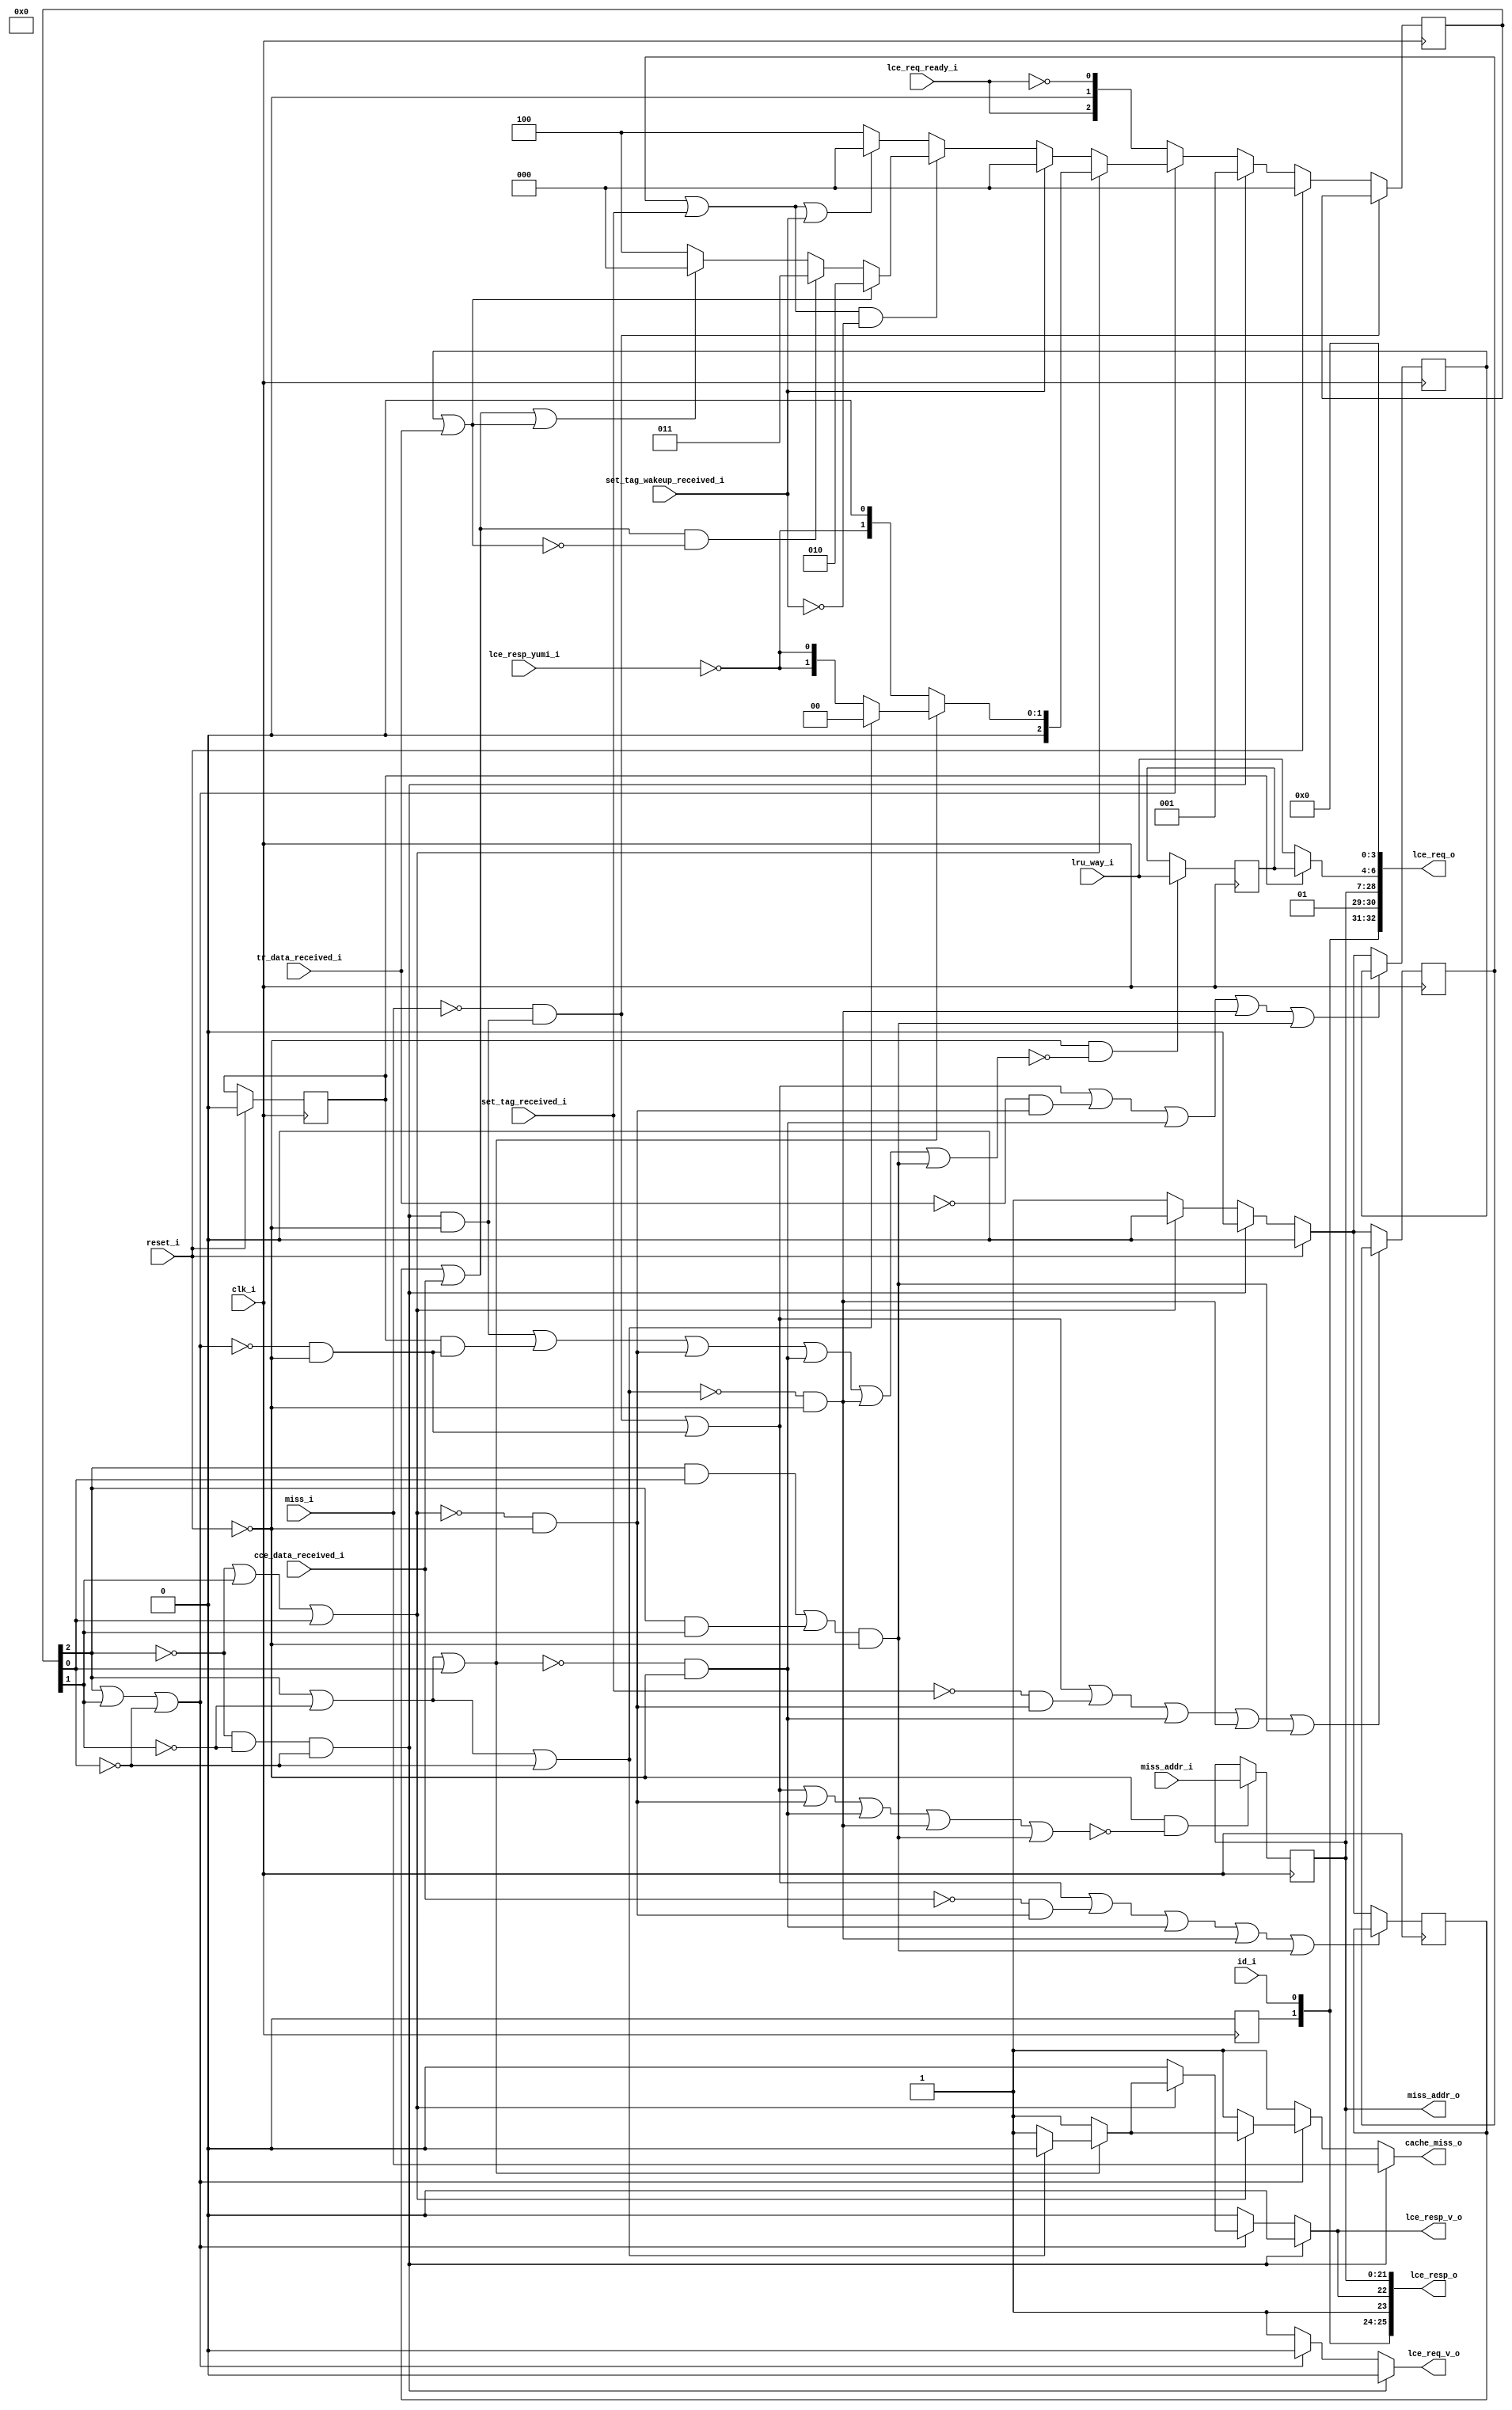
module bp_fe_lce_req_data_width_p64_paddr_width_p22_num_cce_p1_num_lce_p2_sets_p64_ways_p8
(
  clk_i,
  reset_i,
  id_i,
  miss_i,
  miss_addr_i,
  lru_way_i,
  cache_miss_o,
  miss_addr_o,
  tr_data_received_i,
  cce_data_received_i,
  set_tag_received_i,
  set_tag_wakeup_received_i,
  lce_req_o,
  lce_req_v_o,
  lce_req_ready_i,
  lce_resp_o,
  lce_resp_v_o,
  lce_resp_yumi_i
);

  input [0:0] id_i;
  input [21:0] miss_addr_i;
  input [2:0] lru_way_i;
  output [21:0] miss_addr_o;
  output [96:0] lce_req_o;
  output [25:0] lce_resp_o;
  input clk_i;
  input reset_i;
  input miss_i;
  input tr_data_received_i;
  input cce_data_received_i;
  input set_tag_received_i;
  input set_tag_wakeup_received_i;
  input lce_req_ready_i;
  input lce_resp_yumi_i;
  output cache_miss_o;
  output lce_req_v_o;
  output lce_resp_v_o;
  wire [96:0] lce_req_o;
  wire cache_miss_o,lce_req_v_o,lce_resp_v_o,N0,N1,N2,N3,N4,N5,N6,N7,N8,N9,N10,N11,
  tr_data_received_n,cce_data_received_n,set_tag_received_n,tr_data_received,
  cce_data_received,set_tag_received,N12,N13,N14,N15,N16,N17,N18,N19,N20,N21,N22,N23,N24,
  N25,N26,N27,N28,N29,N30,N31,N32,N33,N34,N35,N36,N37,N38,N39,N40,N41,N42,N43,N44,
  N45,N46,N47,N48,N49,N50,N51,N52,N53,N54,N55,N56,N57,N58,N59,N60,N61,N62,N63,N64,
  N65,N66,N67,N68,N69,N70,N71,N72,N73,N74,N75,N76,N77,N78,N79,N80,N81,N82,N83,N84,
  N85,N86,N87,N88,N89,N90,N91,N92,N93,N94,N95,N96,N97,N98,N99,N100;
  wire [2:0] state_n;
  reg [25:0] lce_resp_o;
  reg [2:0] lru_way_r,state_r;
  reg lru_flopped_r,tr_data_received_r,cce_data_received_r,set_tag_received_r;
  reg [21:0] miss_addr_o;
  assign lce_resp_o[23] = 1'b1;
  assign lce_req_o[29] = 1'b1;
  assign lce_req_o[0] = 1'b0;
  assign lce_req_o[1] = 1'b0;
  assign lce_req_o[2] = 1'b0;
  assign lce_req_o[3] = 1'b0;
  assign lce_req_o[30] = 1'b0;
  assign lce_req_o[33] = 1'b0;
  assign lce_req_o[34] = 1'b0;
  assign lce_req_o[35] = 1'b0;
  assign lce_req_o[36] = 1'b0;
  assign lce_req_o[37] = 1'b0;
  assign lce_req_o[38] = 1'b0;
  assign lce_req_o[39] = 1'b0;
  assign lce_req_o[40] = 1'b0;
  assign lce_req_o[41] = 1'b0;
  assign lce_req_o[42] = 1'b0;
  assign lce_req_o[43] = 1'b0;
  assign lce_req_o[44] = 1'b0;
  assign lce_req_o[45] = 1'b0;
  assign lce_req_o[46] = 1'b0;
  assign lce_req_o[47] = 1'b0;
  assign lce_req_o[48] = 1'b0;
  assign lce_req_o[49] = 1'b0;
  assign lce_req_o[50] = 1'b0;
  assign lce_req_o[51] = 1'b0;
  assign lce_req_o[52] = 1'b0;
  assign lce_req_o[53] = 1'b0;
  assign lce_req_o[54] = 1'b0;
  assign lce_req_o[55] = 1'b0;
  assign lce_req_o[56] = 1'b0;
  assign lce_req_o[57] = 1'b0;
  assign lce_req_o[58] = 1'b0;
  assign lce_req_o[59] = 1'b0;
  assign lce_req_o[60] = 1'b0;
  assign lce_req_o[61] = 1'b0;
  assign lce_req_o[62] = 1'b0;
  assign lce_req_o[63] = 1'b0;
  assign lce_req_o[64] = 1'b0;
  assign lce_req_o[65] = 1'b0;
  assign lce_req_o[66] = 1'b0;
  assign lce_req_o[67] = 1'b0;
  assign lce_req_o[68] = 1'b0;
  assign lce_req_o[69] = 1'b0;
  assign lce_req_o[70] = 1'b0;
  assign lce_req_o[71] = 1'b0;
  assign lce_req_o[72] = 1'b0;
  assign lce_req_o[73] = 1'b0;
  assign lce_req_o[74] = 1'b0;
  assign lce_req_o[75] = 1'b0;
  assign lce_req_o[76] = 1'b0;
  assign lce_req_o[77] = 1'b0;
  assign lce_req_o[78] = 1'b0;
  assign lce_req_o[79] = 1'b0;
  assign lce_req_o[80] = 1'b0;
  assign lce_req_o[81] = 1'b0;
  assign lce_req_o[82] = 1'b0;
  assign lce_req_o[83] = 1'b0;
  assign lce_req_o[84] = 1'b0;
  assign lce_req_o[85] = 1'b0;
  assign lce_req_o[86] = 1'b0;
  assign lce_req_o[87] = 1'b0;
  assign lce_req_o[88] = 1'b0;
  assign lce_req_o[89] = 1'b0;
  assign lce_req_o[90] = 1'b0;
  assign lce_req_o[91] = 1'b0;
  assign lce_req_o[92] = 1'b0;
  assign lce_req_o[93] = 1'b0;
  assign lce_req_o[94] = 1'b0;
  assign lce_req_o[95] = 1'b0;
  assign lce_req_o[96] = 1'b0;
  assign lce_resp_o[21] = miss_addr_o[21];
  assign lce_req_o[28] = miss_addr_o[21];
  assign lce_resp_o[20] = miss_addr_o[20];
  assign lce_req_o[27] = miss_addr_o[20];
  assign lce_resp_o[19] = miss_addr_o[19];
  assign lce_req_o[26] = miss_addr_o[19];
  assign lce_resp_o[18] = miss_addr_o[18];
  assign lce_req_o[25] = miss_addr_o[18];
  assign lce_resp_o[17] = miss_addr_o[17];
  assign lce_req_o[24] = miss_addr_o[17];
  assign lce_resp_o[16] = miss_addr_o[16];
  assign lce_req_o[23] = miss_addr_o[16];
  assign lce_resp_o[15] = miss_addr_o[15];
  assign lce_req_o[22] = miss_addr_o[15];
  assign lce_resp_o[14] = miss_addr_o[14];
  assign lce_req_o[21] = miss_addr_o[14];
  assign lce_resp_o[13] = miss_addr_o[13];
  assign lce_req_o[20] = miss_addr_o[13];
  assign lce_resp_o[12] = miss_addr_o[12];
  assign lce_req_o[19] = miss_addr_o[12];
  assign lce_resp_o[11] = miss_addr_o[11];
  assign lce_req_o[18] = miss_addr_o[11];
  assign lce_resp_o[10] = miss_addr_o[10];
  assign lce_req_o[17] = miss_addr_o[10];
  assign lce_resp_o[9] = miss_addr_o[9];
  assign lce_req_o[16] = miss_addr_o[9];
  assign lce_resp_o[8] = miss_addr_o[8];
  assign lce_req_o[15] = miss_addr_o[8];
  assign lce_resp_o[7] = miss_addr_o[7];
  assign lce_req_o[14] = miss_addr_o[7];
  assign lce_resp_o[6] = miss_addr_o[6];
  assign lce_req_o[13] = miss_addr_o[6];
  assign lce_resp_o[5] = miss_addr_o[5];
  assign lce_req_o[12] = miss_addr_o[5];
  assign lce_resp_o[4] = miss_addr_o[4];
  assign lce_req_o[11] = miss_addr_o[4];
  assign lce_resp_o[3] = miss_addr_o[3];
  assign lce_req_o[10] = miss_addr_o[3];
  assign lce_resp_o[2] = miss_addr_o[2];
  assign lce_req_o[9] = miss_addr_o[2];
  assign lce_resp_o[1] = miss_addr_o[1];
  assign lce_req_o[8] = miss_addr_o[1];
  assign lce_resp_o[0] = miss_addr_o[0];
  assign lce_req_o[7] = miss_addr_o[0];
  assign lce_resp_o[24] = id_i[0];
  assign lce_req_o[31] = id_i[0];
  assign lce_req_o[32] = lce_resp_o[25];
  assign N16 = N13 & N14;
  assign N17 = N16 & N15;
  assign N18 = state_r[2] | state_r[1];
  assign N19 = N18 | N15;
  assign N21 = N13 | state_r[1];
  assign N22 = N21 | state_r[0];
  assign N24 = state_r[2] | N14;
  assign N25 = N24 | state_r[0];
  assign N27 = state_r[2] | N14;
  assign N28 = N27 | N15;
  assign N30 = state_r[2] & state_r[0];
  assign N31 = state_r[2] & state_r[1];
  assign lce_req_o[6:4] = (N0)? lru_way_r :
                          (N1)? lru_way_i : 1'b0;
  assign N0 = lru_flopped_r;
  assign N1 = N12;
  assign { N44, N43, N42 } = (N2)? { 1'b0, 1'b1, 1'b0 } :
                             (N52)? { 1'b0, 1'b1, 1'b1 } :
                             (N41)? { 1'b1, 1'b0, 1'b0 } : 1'b0;
  assign N2 = tr_data_received;
  assign { N47, N46, N45 } = (N3)? { 1'b0, 1'b0, 1'b0 } :
                             (N50)? { N44, N43, N42 } :
                             (N39)? { 1'b1, 1'b0, 1'b0 } : 1'b0;
  assign N3 = set_tag_wakeup_received_i;
  assign cache_miss_o = (N4)? miss_i :
                        (N5)? 1'b1 :
                        (N6)? 1'b1 :
                        (N7)? 1'b1 :
                        (N8)? 1'b1 :
                        (N9)? 1'b0 : 1'b0;
  assign N4 = N17;
  assign N5 = N20;
  assign N6 = N23;
  assign N7 = N26;
  assign N8 = N29;
  assign N9 = N32;
  assign state_n = (N4)? { 1'b0, 1'b0, 1'b1 } :
                   (N5)? { lce_req_ready_i, 1'b0, N34 } :
                   (N6)? { N47, N46, N45 } :
                   (N7)? { 1'b0, N48, 1'b0 } :
                   (N8)? { 1'b0, N48, N48 } :
                   (N9)? { 1'b0, 1'b0, 1'b0 } : 1'b0;
  assign tr_data_received_n = (N4)? 1'b0 :
                              (N6)? 1'b1 : 1'b0;
  assign cce_data_received_n = (N4)? 1'b0 :
                               (N6)? 1'b1 : 1'b0;
  assign set_tag_received_n = (N4)? 1'b0 :
                              (N6)? 1'b1 : 1'b0;
  assign lce_req_v_o = (N4)? 1'b0 :
                       (N5)? 1'b1 :
                       (N6)? 1'b0 :
                       (N7)? 1'b0 :
                       (N8)? 1'b0 :
                       (N9)? 1'b0 : 1'b0;
  assign lce_resp_v_o = (N4)? 1'b0 :
                        (N5)? 1'b0 :
                        (N6)? 1'b0 :
                        (N7)? 1'b1 :
                        (N8)? 1'b1 :
                        (N9)? 1'b0 : 1'b0;
  assign lce_resp_o[22] = (N4)? 1'b0 :
                          (N5)? 1'b0 :
                          (N6)? 1'b0 :
                          (N7)? 1'b1 :
                          (N8)? 1'b1 :
                          (N9)? 1'b0 : 1'b0;
  assign { N56, N55, N54 } = (N10)? { 1'b0, 1'b0, 1'b0 } :
                             (N11)? state_n : 1'b0;
  assign N10 = reset_i;
  assign N11 = N53;
  assign N57 = (N10)? 1'b0 :
               (N11)? tr_data_received_n : 1'b0;
  assign N58 = (N10)? 1'b0 :
               (N11)? cce_data_received_n : 1'b0;
  assign N59 = (N10)? 1'b0 :
               (N11)? set_tag_received_n : 1'b0;
  assign tr_data_received = tr_data_received_r | tr_data_received_i;
  assign cce_data_received = cce_data_received_r | cce_data_received_i;
  assign set_tag_received = set_tag_received_r | set_tag_received_i;
  assign N12 = ~lru_flopped_r;
  assign N13 = ~state_r[2];
  assign N14 = ~state_r[1];
  assign N15 = ~state_r[0];
  assign N20 = ~N19;
  assign N23 = ~N22;
  assign N26 = ~N25;
  assign N29 = ~N28;
  assign N32 = N30 | N31;
  assign N33 = ~miss_i;
  assign N34 = ~lce_req_ready_i;
  assign N35 = ~tr_data_received_i;
  assign N36 = ~cce_data_received_i;
  assign N37 = ~set_tag_received_i;
  assign N38 = set_tag_received | set_tag_wakeup_received_i;
  assign N39 = ~N38;
  assign N40 = cce_data_received | tr_data_received;
  assign N41 = ~N40;
  assign N48 = ~lce_resp_yumi_i;
  assign N49 = ~set_tag_wakeup_received_i;
  assign N50 = set_tag_received & N49;
  assign N51 = ~tr_data_received;
  assign N52 = cce_data_received & N51;
  assign N53 = ~reset_i;
  assign N60 = N17 & N53;
  assign N61 = N20 & N53;
  assign N62 = lru_flopped_r & N61;
  assign N63 = N60 | N62;
  assign N64 = N23 & N53;
  assign N65 = N63 | N64;
  assign N66 = N26 & N53;
  assign N67 = N65 | N66;
  assign N68 = N29 & N53;
  assign N69 = N67 | N68;
  assign N70 = N32 & N53;
  assign N71 = N69 | N70;
  assign N72 = ~N71;
  assign N73 = N53 & N72;
  assign N74 = N33 & N60;
  assign N75 = ~N74;
  assign N76 = N74 | N61;
  assign N77 = N35 & N64;
  assign N78 = N76 | N77;
  assign N79 = N78 | N66;
  assign N80 = N79 | N68;
  assign N81 = N80 | N70;
  assign N82 = ~N81;
  assign N83 = N36 & N64;
  assign N84 = N76 | N83;
  assign N85 = N84 | N66;
  assign N86 = N85 | N68;
  assign N87 = N86 | N70;
  assign N88 = ~N87;
  assign N89 = N37 & N64;
  assign N90 = N76 | N89;
  assign N91 = N90 | N66;
  assign N92 = N91 | N68;
  assign N93 = N92 | N70;
  assign N94 = ~N93;
  assign N95 = N76 | N64;
  assign N96 = N95 | N66;
  assign N97 = N96 | N68;
  assign N98 = N97 | N70;
  assign N99 = ~N98;
  assign N100 = N53 & N99;

  always @(posedge clk_i) begin
    if(1'b1) begin
      { lce_resp_o[25:25] } <= { 1'b0 };
    end
    if(N73) begin
      { lru_way_r[2:0] } <= { lru_way_i[2:0] };
    end
    if(N75) begin
      { state_r[2:0] } <= { N56, N55, N54 };
    end
    if(reset_i) begin
      lru_flopped_r <= 1'b0;
    end
    if(N82) begin
      tr_data_received_r <= N57;
    end
    if(N88) begin
      cce_data_received_r <= N58;
    end
    if(N94) begin
      set_tag_received_r <= N59;
    end
    if(N100) begin
      { miss_addr_o[21:0] } <= { miss_addr_i[21:0] };
    end
  end


endmodule